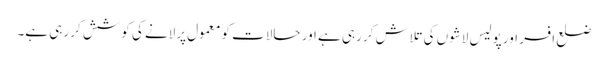
ضلع افسر اور پولیس لاشوں کی تلاش کر رہی ہے اور حالات کو معمول پرلانے کی کوشش کر رہی ہے۔